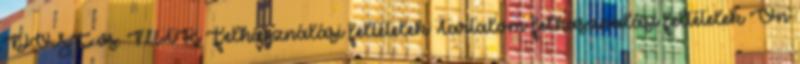
DVSC vs. MTK Felhasználási feltételek Tartalom felhasználási feltételek Ön